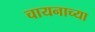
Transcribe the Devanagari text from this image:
चायनाच्या